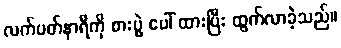
လက်ပတ်နာရီကို စားပွဲ ပေါ် ထားပြီး ထွက်လာခဲ့သည်။